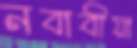
নবাবীয়া